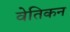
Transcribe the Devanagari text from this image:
वेतिकन